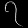
Digit: ၇